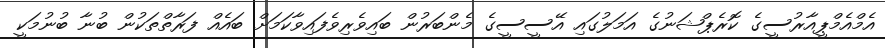
އެމްއެމްޕީއާރުސީގެ ކޮރެޕްޝަނުގެ އަމަލުގައި އޭސީސީގެ މެންބަރުން ބައިވެރިވެފައިވާކަމަށް ބައެއް ފަރާތްތަކުން ބުނާ ބުނުމަކީ